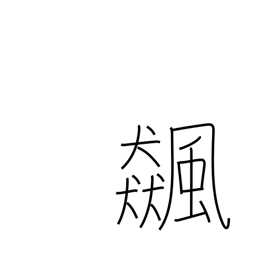
Meaning: whirlwind